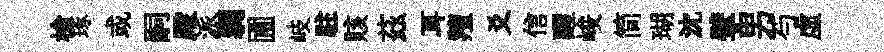
槍琢或嗣殿派弱圃岐駐賅茲耳羶爻信醒峻简瑚沈擘男芍虚